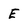
Character: E